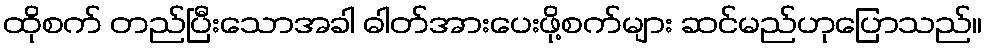
ထိုစက် တည်ပြီးသောအခါ ဓါတ်အားပေးဖို့စက်များ ဆင်မည်ဟုပြောသည်။